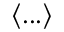
\langle . . . \rangle